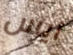
ايس